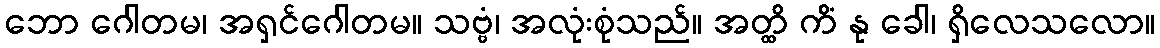
ဘော ဂေါတမ၊ အရှင်ဂေါတမ။ သဗ္ဗံ၊ အလုံးစုံသည်။ အတ္ထိ ကိံ နု ခေါ၊ ရှိလေသလော။